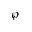
\wp